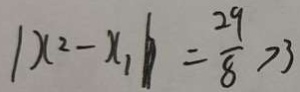
1 x ^ { 2 } - x _ { 1 } b = \frac { 2 9 } { 8 } > 3